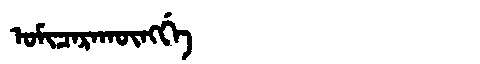
Manchu: ᠣᠮᡳᠴᠠᡵᠠᡴᡡᠩᡤᡝ
Romanization: OMICARAKŪNGGE